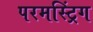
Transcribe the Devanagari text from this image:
परमस्ट्रिंग